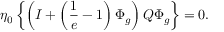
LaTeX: \eta _ { 0 } \left\{ \left( { \cal I } + \left( \frac { 1 } { e } - 1 \right) \Phi _ { g } \right) { \cal Q } \Phi _ { g } \right\} = 0 .